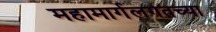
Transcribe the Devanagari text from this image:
महामार्गलगतच्या